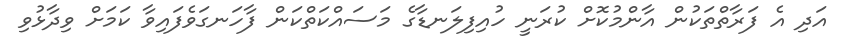
އަދި އެ ފަރާތްތަކުން އާންމުކޮށް ކުރަނީ ހުއިފިލަނޑާގެ މަސައްކަތްކަން ފާހަނގަވެފައިވާ ކަމަށް ވިދާޅުވި